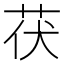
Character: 茯